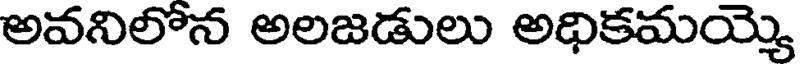
అవనిలోన అలజడులు అధికమయ్యె